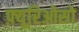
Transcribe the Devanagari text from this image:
फ़्यूरिओसो